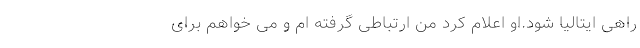
راهی ایتالیا شود.او اعلام کرد من ارتباطی گرفته ام و می خواهم برای